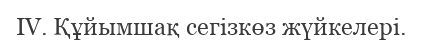
IV. Құйымшақ сегізкөз жүйкелері.